Account of plague administration in the Bombay Presidency from September 1896 till May 1897
Year: 1896
Disease focus: Plague
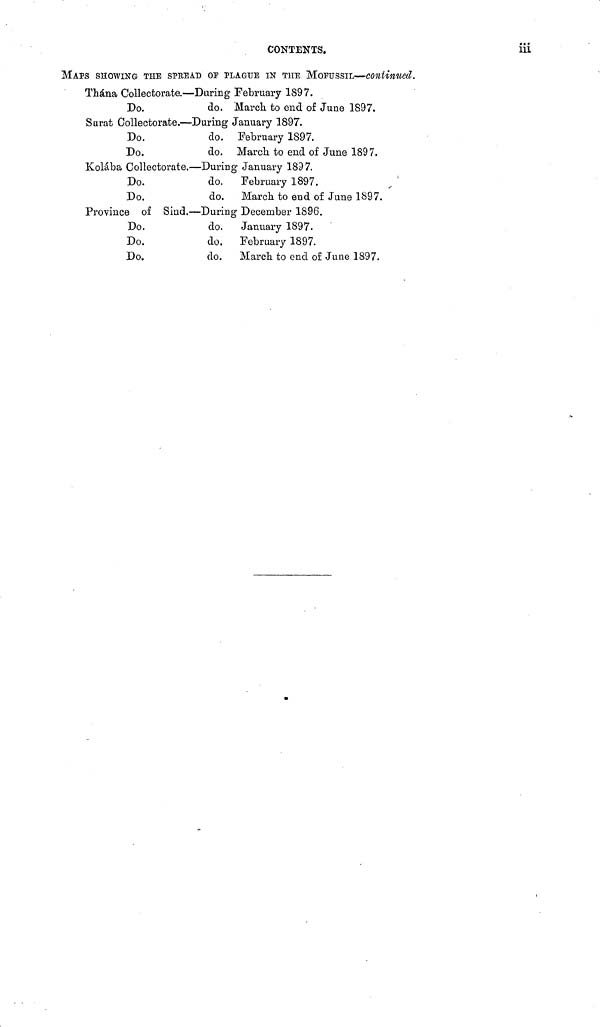
CONTENTS.
iii
MAPS SHOWING THE SPREAD OF PLAGUE IN THE MOFUSSIL—continued.
Thána Collectorate.—During February 1897.
Do.
do. March to end of June 1897.
Surat Collectorate.—During January 1897.
Do.
Do.
do.
do.
February 1897.
March to end of June 1897.
Kolába Collectorate.—During January 1897.
Do.
Do.
do.
do.
February 1897.
March to end of June 1897.
Province of Sind.—During December 1896.
Do.
Do.
Do.
do.
do.
do.
January 1897.
February 1897.
March to end of June 1897.